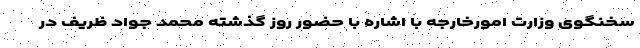
سخنگوی وزارت امورخارجه با اشاره با حضور روز گذشته محمد جواد ظریف در